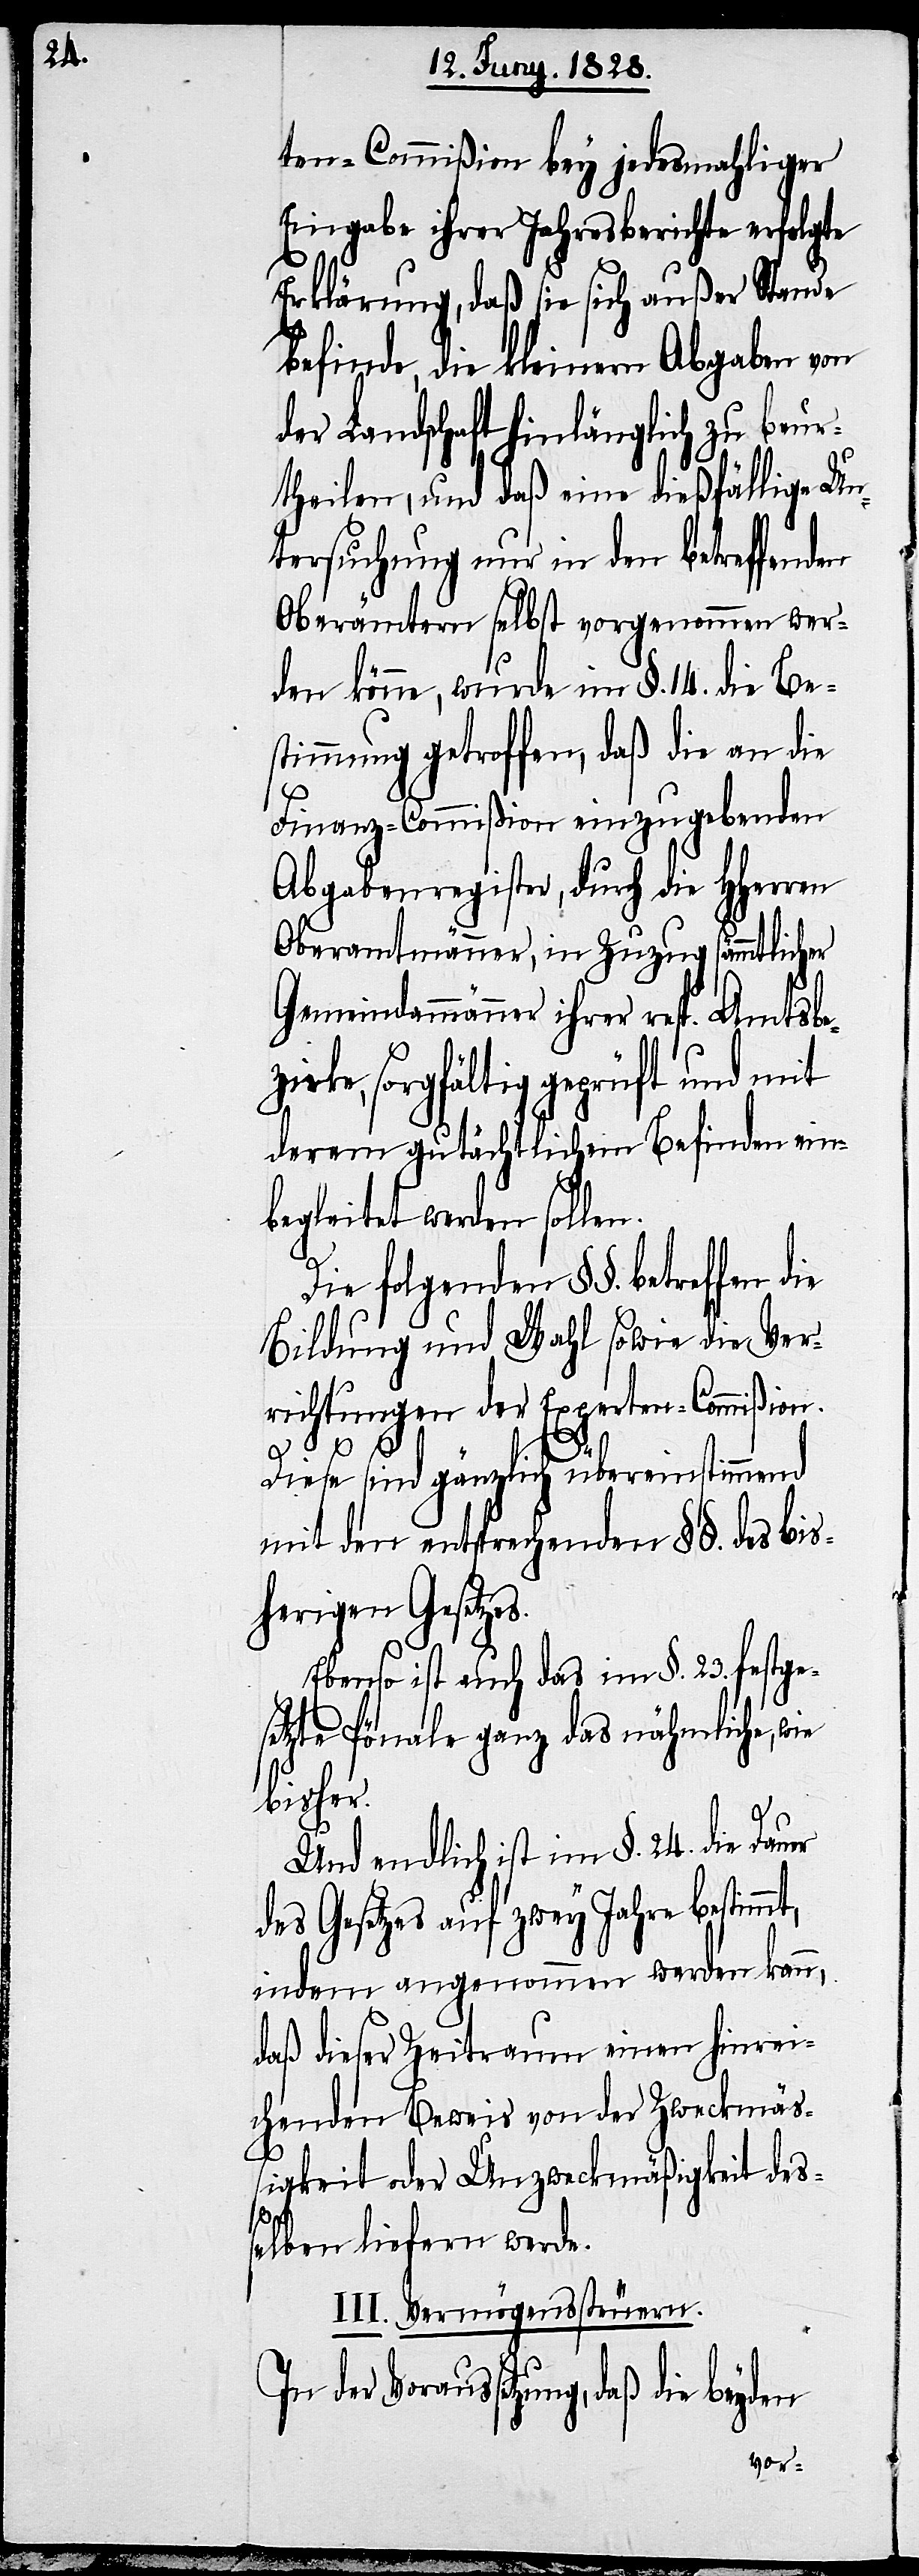
ten-Commißion bey jedesmahliger
Eingabe ihrer Jahresberichte erfolgte
Erklärung, daß sie sich außer Stande
befinde, die kleinern Abgaben von
der Landschaft hinlänglich zu beur¬
theilen, und daß eine dießfällige Un¬
tersuchung nur in den betreffenden
Oberämtern selbst vorgenommen wer¬
den könne, wurde im §. 14. die Be¬
stimmung getroffen, daß die an die
Finanz-Commißion einzugebenden
Abgabenregister, durch die HHerren
Oberamtmänner, in Zuzug sämmtlicher
Gemeindammänner ihrer resp. Amtsbe¬
zirke, sorgfältig geprüft und mit
deren gutächtlichem Befinden ein¬
begleitet werden sollen.
Die folgenden §§. betreffen
Bildung und Wahl sowie die Ver¬
richtungen der Experten-Commißion.
Diese sind gänzlich übereinstimmend
mit den entsprechenden §§. des bis¬
herigen Gesetzes.
Ebenso ist auch das im §. 23. festge¬
setzte Pönale ganz das nähmliche,
bisher.
Und endlich ist im §. 24. die Dauer
des Gesetzes auf zwey Jahre bestimmt,
indem angenommen werden kann,
daß dieser Zeitraum einen hinrei¬
chenden Beweis von der Zweckmäß¬
igkeit oder Unzweckmäßigkeit des¬
selben liefern werde.
III. Vermögenssteuern.
der Voraussetzung, daß die beyden